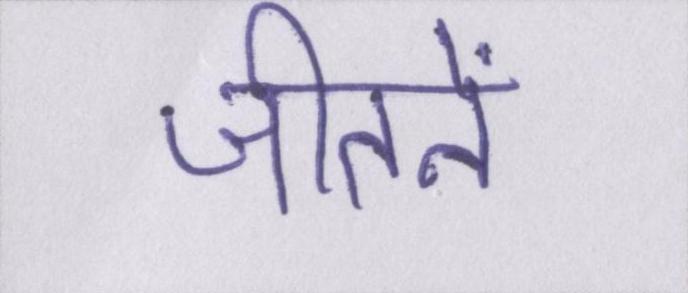
जीतनें